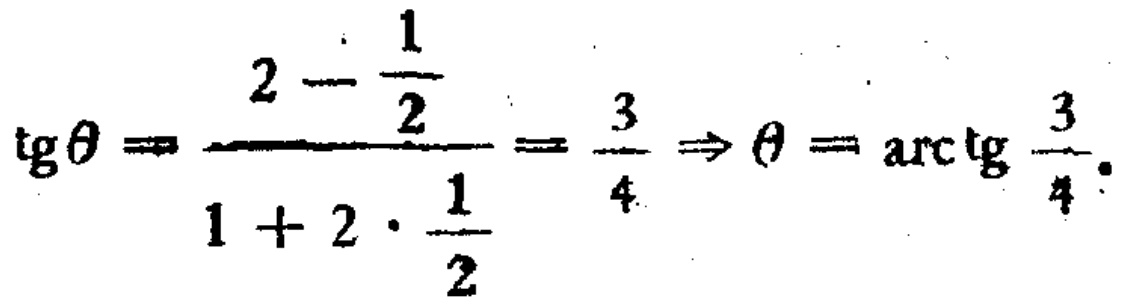
\(\text{tg}\theta=\frac{2 - \frac{1}{2}}{1 + 2\cdot\frac{1}{2}}=\frac{3}{4}\Rightarrow\theta=\text{arctg}\frac{3}{4}\)